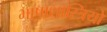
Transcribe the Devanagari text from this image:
भाषाशास्त्रियो